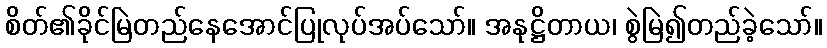
စိတ်၏ခိုင်မြဲတည်နေအောင်ပြုလုပ်အပ်သော်။ အနုဋ္ဌိတာယ၊ စွဲမြဲ၍တည်ခဲ့သော်။